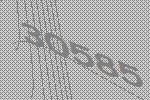
30585